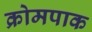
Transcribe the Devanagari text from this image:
क्रोमपाक